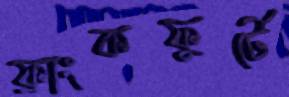
ফ্রাংকফুর্টে